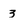
Character: 3